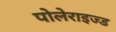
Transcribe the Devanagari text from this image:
पोलेराइज्ड